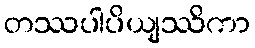
တဿပါပိယျဿိကာ